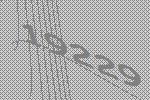
19229